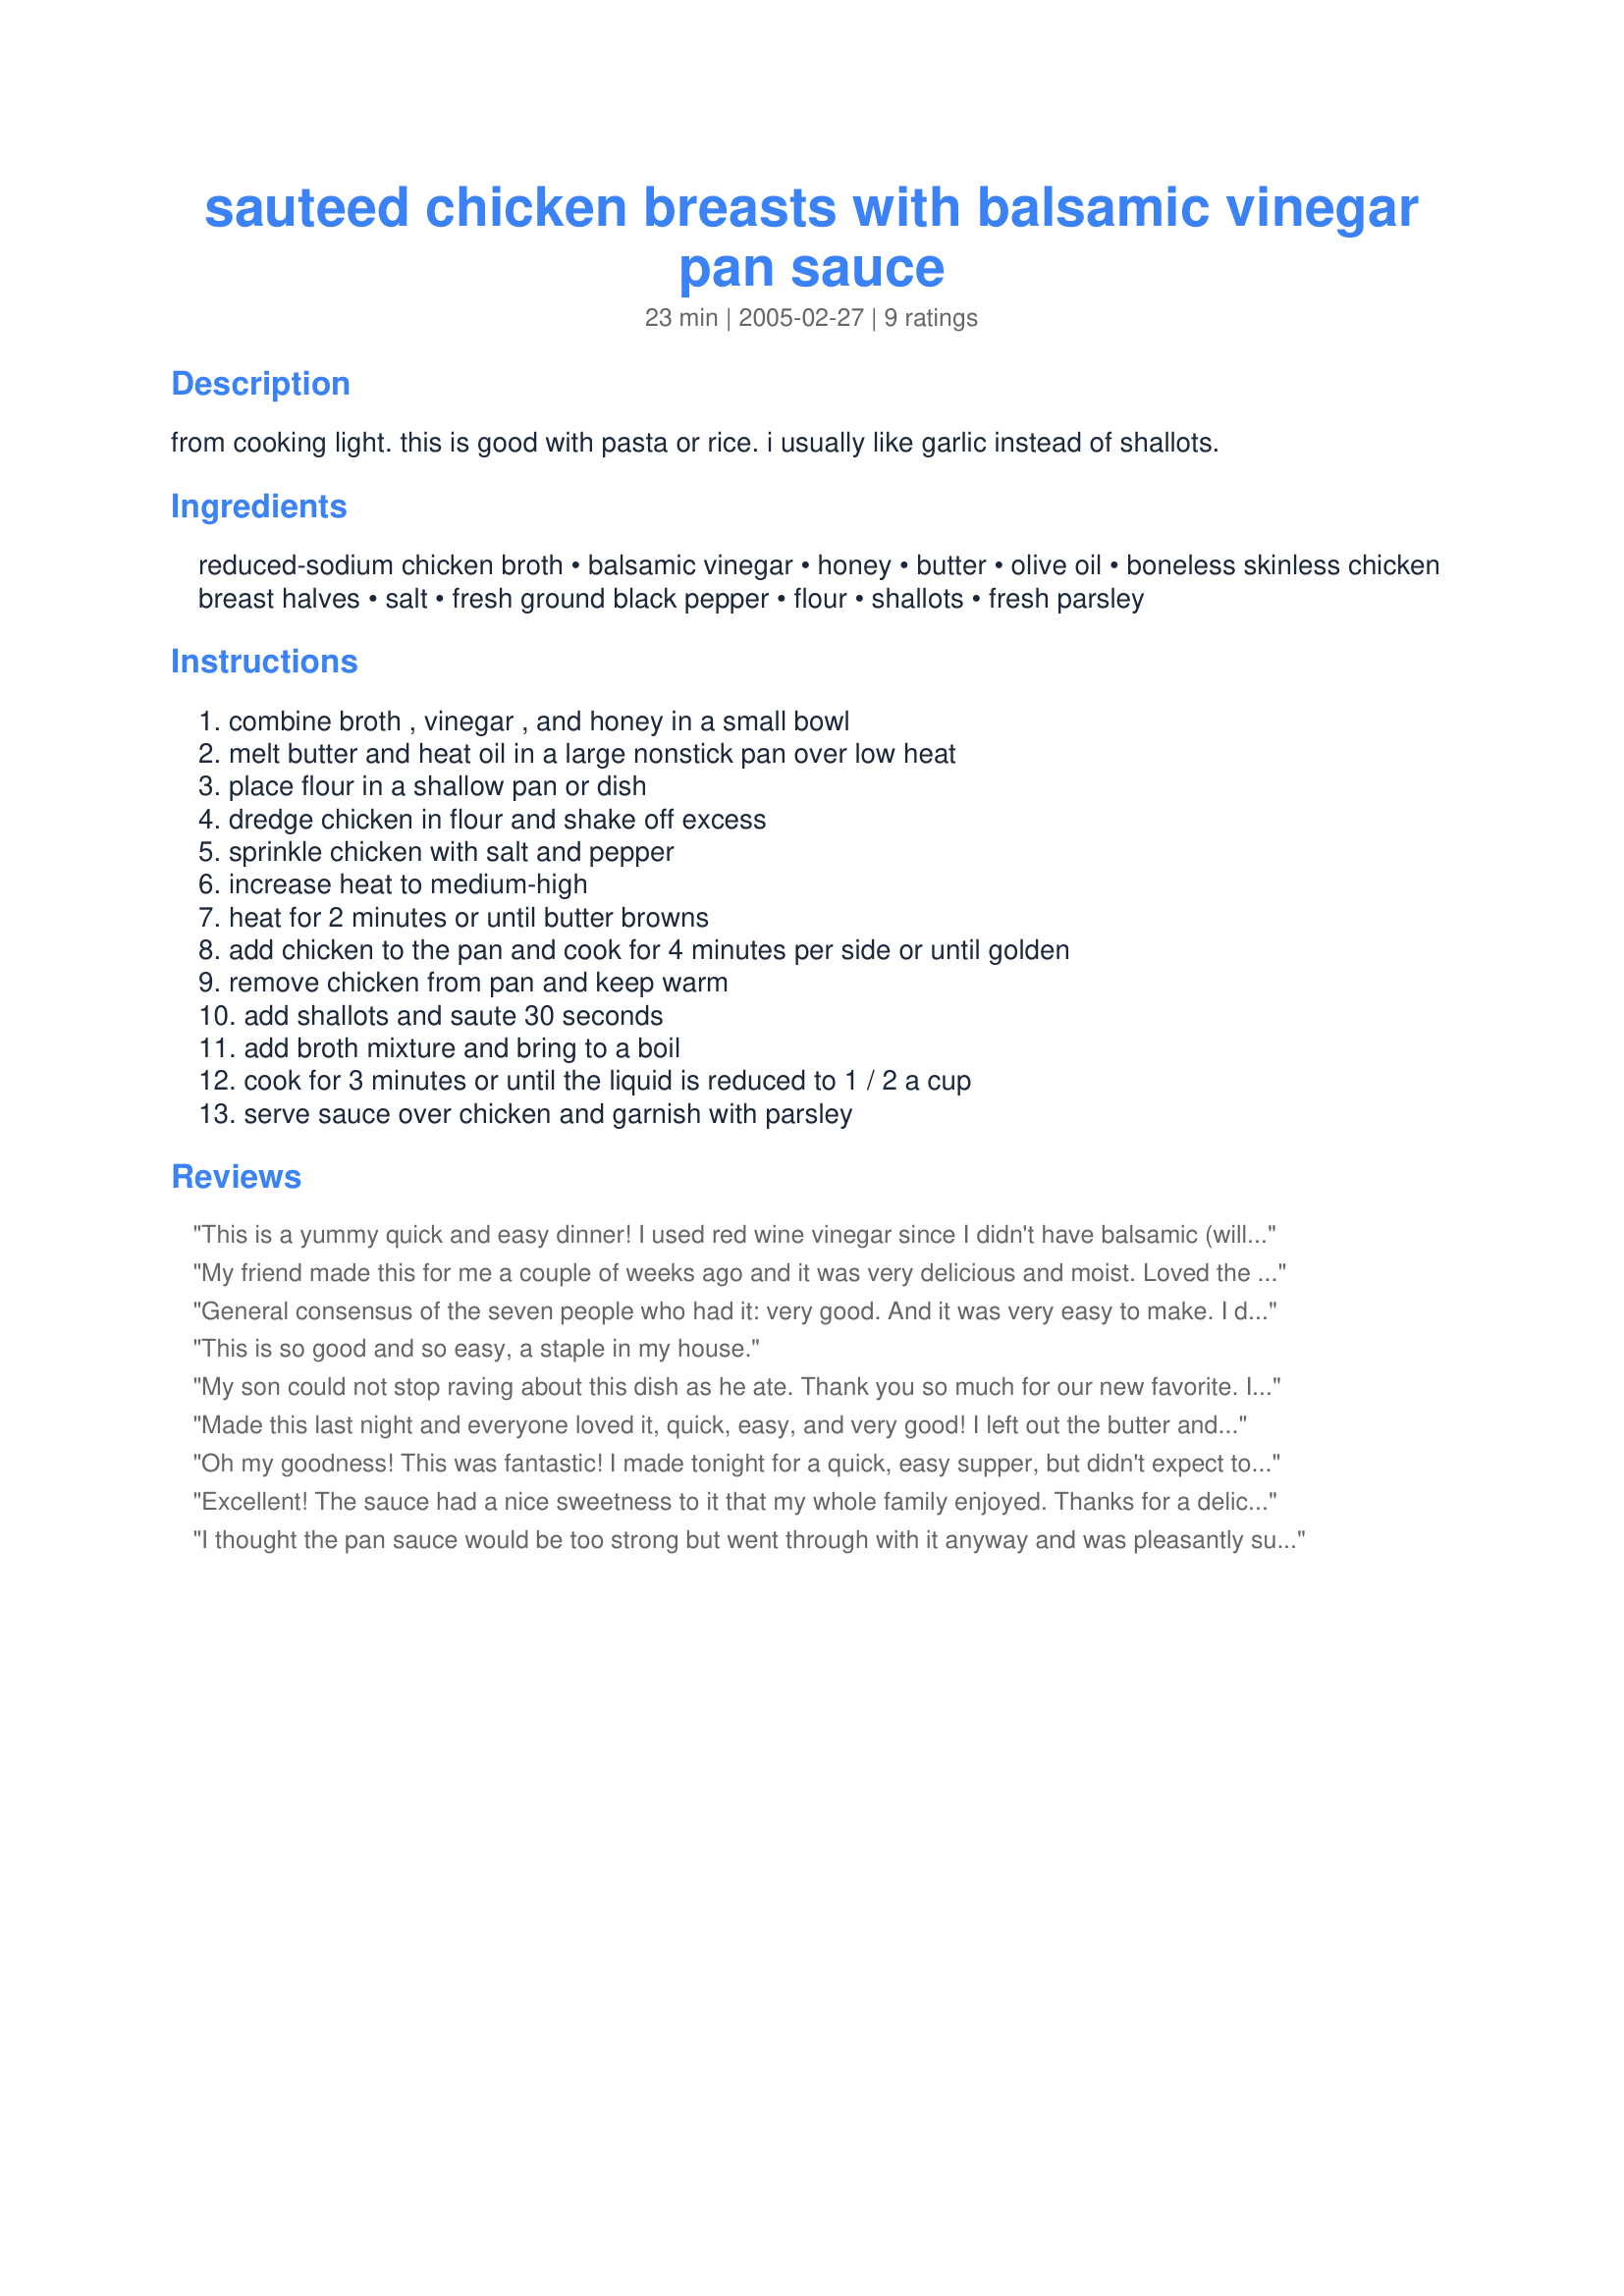
sauteed chicken breasts with balsamic vinegar pan sauce
Preparation time: 23 minutes

from cooking light. this is good with pasta or rice. i usually like garlic instead of shallots.

Ingredients:
reduced-sodium chicken broth, balsamic vinegar, honey, butter, olive oil, boneless skinless chicken breast halves, salt, fresh ground black pepper, flour, shallots, fresh parsley

Steps:
combine broth , vinegar , and honey in a small bowl, melt butter and heat oil in a large nonstick pan over low heat, place flour in a shallow pan or dish, dredge chicken in flour and shake off excess, sprinkle chicken with salt and pepper, increase heat to medium-high, heat for 2 minutes or until butter browns, add chicken to the pan and cook for 4 minutes per side or until golden, remove chicken from pan and keep warm, add shallots and saute 30 seconds, add broth mixture and bring to a boil, cook for 3 minutes or until the liquid is reduced to 1 / 2 a cup, serve sauce over chicken and garnish with parsley

Reviews:
This is a yummy quick and easy dinner! I used red wine vinegar since I didn't have balsamic (will use next time but, was still good), Served with rice and baby carrots drizzled with pan sauce, Will make again!
My friend made this for me a couple of weeks ago and it was very delicious and moist. Loved the sauce, and she served it with romano cheese polenta. Very good!! I will make this for my family soon b/c it's quick and easy and yummy!
General consensus of the seven people who had it: very good. And it was very easy to make. I did not dredge the chicken in flour, so may add a little cornstarch to thicken the sauce next time. I used chicken tenders, increased the honey to 1 T., and one clove of garlic since I did not have shallots. I returned the chicken to the sauce and simmered for 3-4 minutes. Next time I will try "searing" the chicken and then simmering in the sauce longer as my family likes to have the flavor throughout the chicken. Thanks for this recipe.
This is so good and so easy, a staple in my house.
My son could not stop raving about this dish as he ate. Thank you so much for our new favorite. I, too, added salt and pepper and some garlic powder to the flour before dredging the chicken. Since we only cooked one chicken breast, we only made half the sauce recipe. The yield was really minimal, barely enough to coat the chicken pieces. Next time, I would double the sauce. Thank you again for sharing.
Made this last night and everyone loved it, quick, easy, and very good! I left out the butter and flour, doubled the rest for extra sauce for the rice. Awesome will be making again for sure.
Oh my goodness! This was fantastic! I made tonight for a quick, easy supper, but didn't expect to like it so much! I made a half recipe with one large chicken breast cut in two and let the chicken simmer in the sauce for quite a while. (Didn't brown for too long.) I also sprinkled with salt/pepper/garlic powder mix prior to flouring. Will definitely make it again!
Excellent! The sauce had a nice sweetness to it that my whole family enjoyed. Thanks for a delicious recipe!
I thought the pan sauce would be too strong but went through with it anyway and was pleasantly surprised. I liberally used salt, pepper and garlic powder on the chicken before dredging it, which gave it a lovely taste.
